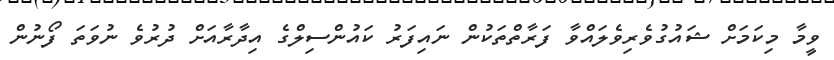
ވީމާ މިކަމަށް ޝައުގުވެރިވެލައްވާ ފަރާތްތަކުން ނައިފަރު ކައުންސިލްގެ އިދާރާއަށް ދުރުވެ ނުވަތަ ފޯނުން